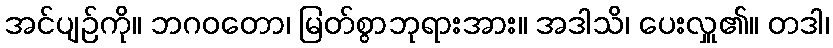
အင်ပျဉ်ကို။ ဘဂဝတော၊ မြတ်စွာဘုရားအား။ အဒါသိ၊ ပေးလှူ၏။ တဒါ၊